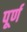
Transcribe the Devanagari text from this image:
पूर्ण